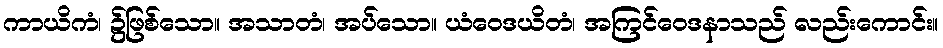
ကာယိကံ၊ ၌ဖြစ်သော။ အသာတံ၊ အပ်သော။ ယံဝေဒယိတံ၊ အကြင်ဝေဒနာသည် လည်းကောင်း။